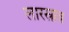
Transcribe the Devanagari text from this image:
लारस्राव